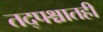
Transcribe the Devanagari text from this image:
तद्पश्चातही